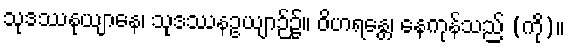
သုဒဿနုယျာနေ၊ သုဒဿနဥယျာဉ်၌။ ဝိဟရန္တေ၊ နေကုန်သည် (ကို)။